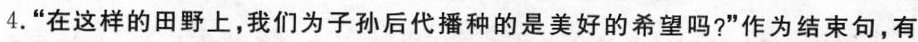
4.“在这样的田野上，我们为子孙后代播种的是美好的希望吗?”作为结束句，有